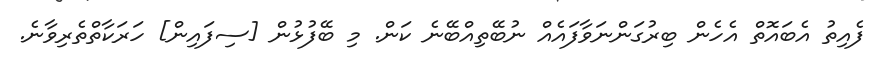
ފެއިތު އެބައޮތް އެހެން ބިރުގަންނަވާފައެއް ނުބޭތިއްބޭނެ ކަން. މި ބޭފުޅުން [ސިފައިން] ހަރަކާތްތެރިވާނެ.